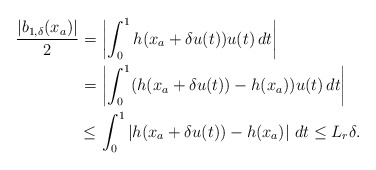
\begin{align*}\begin{aligned}\dfrac{|b_{1,\delta}(x_a)|}{2} =&\, \left|\int_0^1 h(x_a+\delta u(t)) u(t)\,dt\right| \\=&\,\left|\int_0^1 (h(x_a+\delta u(t))-h(x_a))u(t)\,dt\right| \\\le&\,\int_0^1 \left|h(x_a+\delta u(t))-h(x_a)\right|\,dt \le L_r \delta. \end{aligned}\end{align*}